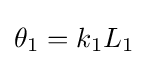
\theta _{1}=k_{1}L_{1}